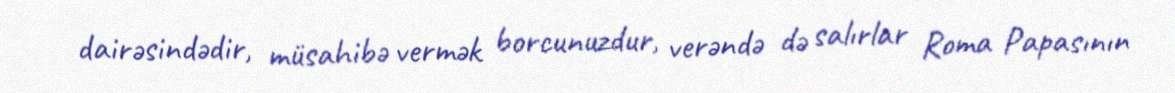
dairəsindədir, müsahibə vermək borcunuzdur, verəndə də salırlar Roma Papasının